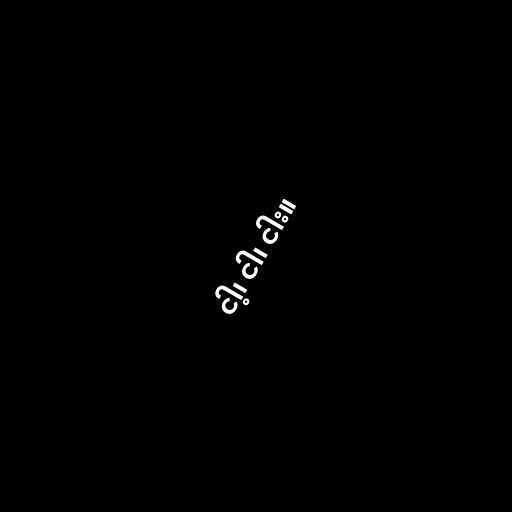
ငါ့၊ ငါ၊ ငါး။